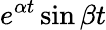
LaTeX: e^{\alpha t}\sin\beta t